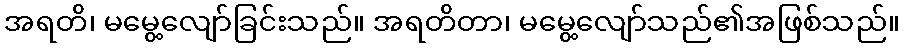
အရတိ၊ မမွေ့လျော်ခြင်းသည်။ အရတိတာ၊ မမွေ့လျော်သည်၏အဖြစ်သည်။